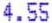
4.55